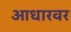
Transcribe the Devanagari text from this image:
आधारवर